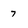
Character: 7